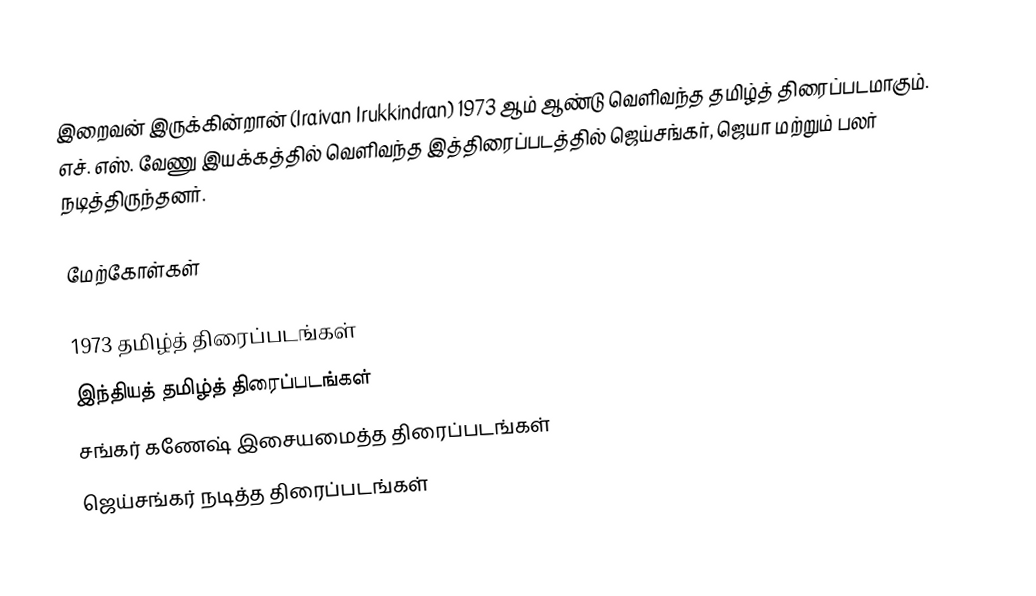
இறைவன் இருக்கின்றான் (Iraivan Irukkindran) 1973 ஆம் ஆண்டு வெளிவந்த தமிழ்த் திரைப்படமாகும். எச். எஸ். வேணு இயக்கத்தில் வெளிவந்த இத்திரைப்படத்தில் ஜெய்சங்கர், ஜெயா மற்றும் பலர் நடித்திருந்தனர்.

மேற்கோள்கள்

1973 தமிழ்த் திரைப்படங்கள்
இந்தியத் தமிழ்த் திரைப்படங்கள்
சங்கர் கணேஷ் இசையமைத்த திரைப்படங்கள்
ஜெய்சங்கர் நடித்த திரைப்படங்கள்